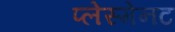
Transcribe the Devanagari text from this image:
प्लेस्मेनट